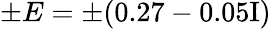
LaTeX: \pm E=\pm(0.27-0.05\mathrm{{I})}